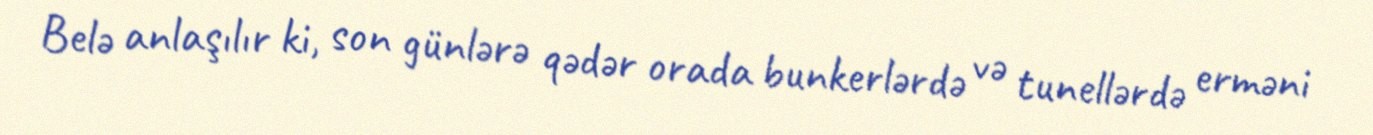
Belə anlaşılır ki, son günlərə qədər orada bunkerlərdə və tunellərdə erməni